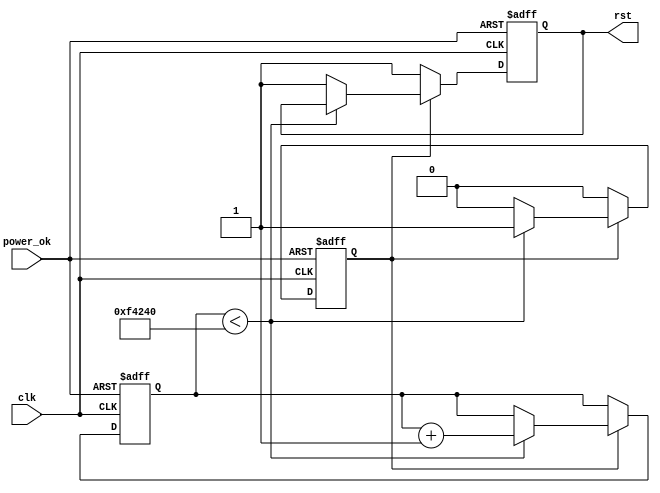
module power_on_reset #(
    parameter RESET_DURATION = 1000000  // Configurable reset duration in clock cycles
)(
    input wire clk,          // Clock signal
    input wire power_ok,     // Power OK signal (indicates stable power)
    output reg rst           // Active low reset signal
);

    reg [31:0] counter;      // Counter for reset duration
    reg reset_active;        // Indicates if reset is currently active

    // State machine for reset logic
    always @(posedge clk or negedge power_ok) begin
        if (!power_ok) begin
            // Power is lost, assert reset
            rst <= 1'b0;      // Assert reset (active low)
            counter <= 0;     // Reset counter
            reset_active <= 1; // Set reset active flag
        end else if (reset_active) begin
            if (counter < RESET_DURATION) begin
                counter <= counter + 1; // Increment counter
            end else begin
                rst <= 1'b1; // Deassert reset (active low)
                reset_active <= 0; // Reset is no longer active
            end
        end else begin
            rst <= 1'b1; // Ensure reset is deasserted when not in reset state
        end
    end

    // Initial conditions
    initial begin
        rst = 1'b1; // Deassert reset (active low)
        counter = 0; // Initialize counter
        reset_active = 0; // Reset active flag
    end

endmodule